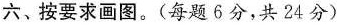
六、按要求画图。（每题6分，共24分）